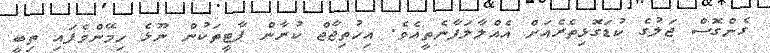
ގެންގޮސް ޖަލުގެ ކުޑަގޮޅިތެރެއަށް އެއްލާލަފާނެތީއެވެ. އިހުތިޖާޖް ކުރާން ޕާޓީތަކުން ނޫޅެ ހިމޭންވެފައި ތިބީ